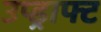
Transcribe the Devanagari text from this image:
उप्ड्राफ्ट